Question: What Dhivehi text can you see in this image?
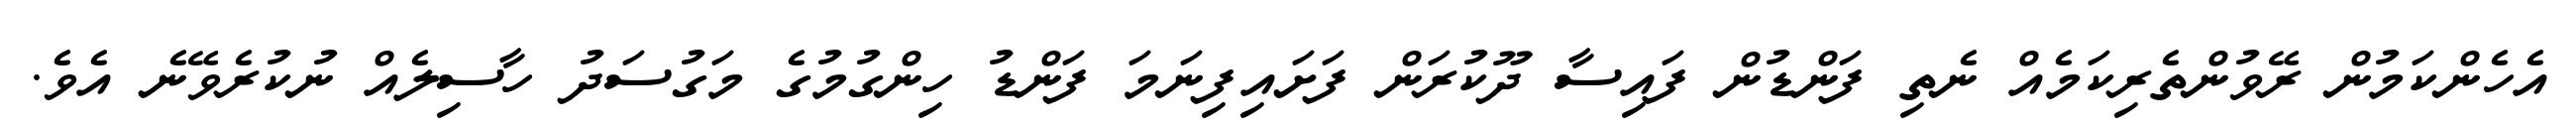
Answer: އެހެންކަމުން ރޭވުންތެރިކަމެއް ނެތި ފަންޑުން ފައިސާ ދޫކުރަން ފަށައިފިނަމަ ފަންޑު ހިންގުމުގެ މަގުސަދު ހާސިލެއް ނުކުރެވޭނެ އެވެ.